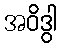
အဝိဒွါ